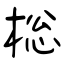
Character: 棇